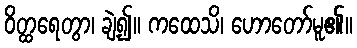
ဝိတ္ထရေတွာ၊ ချဲ့၍။ ကထေသိ၊ ဟောတော်မူ၏။